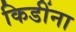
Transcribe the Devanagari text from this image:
किडींना